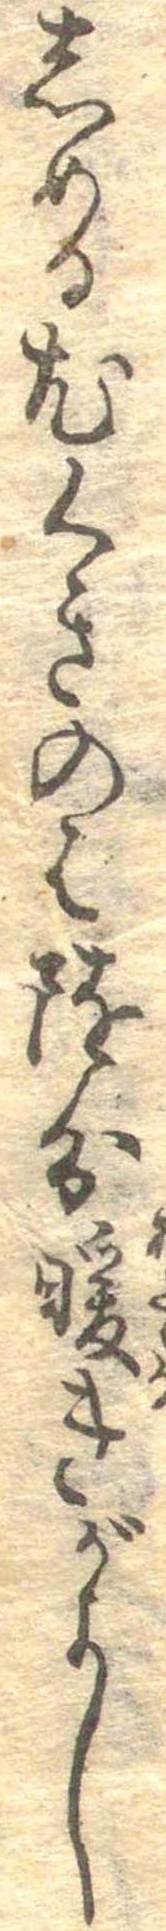
しめる尤くきのは随分暖きがよし